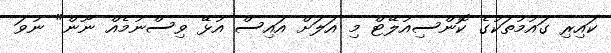
ކައިރި ގައުމުތަކުގެ ކޮންސިއުލޭޓް މި އަލަށް އައިސް އުޅޭ ވިސްނުމެއް ނޫން" ނުވަ